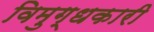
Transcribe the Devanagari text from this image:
विमुग्धकारी